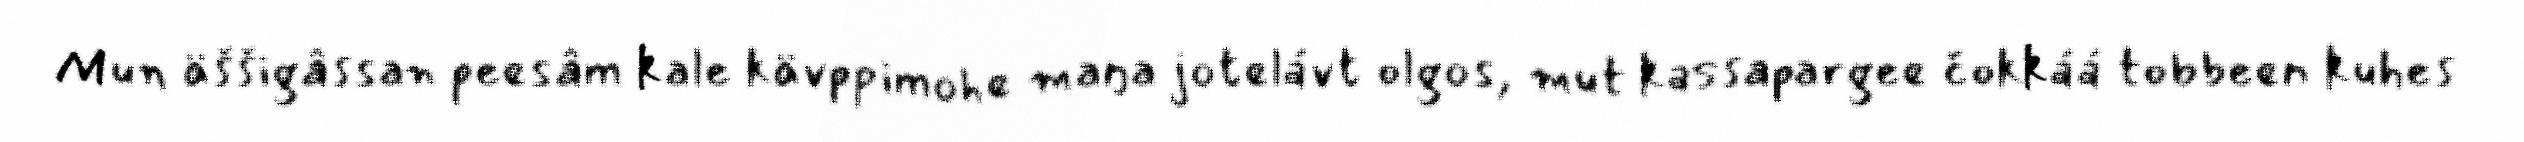
Mun äššigâssan peesâm kale kävppimohe maŋa jotelávt olgos, mut kassapargee čokkáá tobbeen kuhes